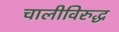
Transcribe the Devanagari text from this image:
चालीविरुद्ध